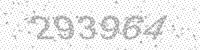
Solution: 293964